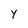
Character: Y